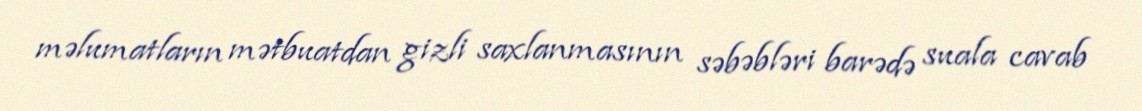
məlumatların mətbuatdan gizli saxlanmasının səbəbləri barədə suala cavab